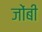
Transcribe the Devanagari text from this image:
जोंबी